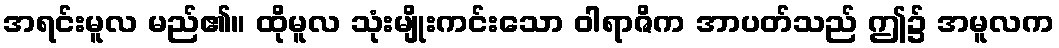
အရင်းမူလ မည်၏။ ထိုမူလ သုံးမျိုးကင်းသော ဝါရာဇိက အာပတ်သည် ဤ၌ အမူလက